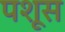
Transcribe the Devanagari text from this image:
पशूस